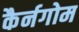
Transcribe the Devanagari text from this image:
कैर्नगोम